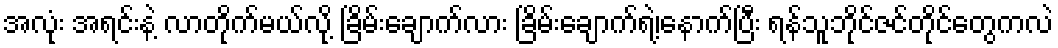
အလုံး အရင်းနဲ့ လာတိုက်မယ်လို့ ခြိမ်းချောက်လား ခြိမ်းချောက်ရဲ့၊နောက်ပြီး ရန်သူဘိုင်ဇင်တိုင်တွေကလဲ